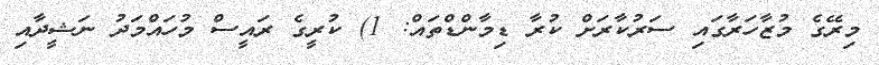
މިރޭގެ މުޒާހަރާގައި ސަރުކާރަށް ކުރާ ޑިމާންޑްތައް: 1) ކުރީގެ ރައީސް މުހައްމަދު ނަޝީދާއި